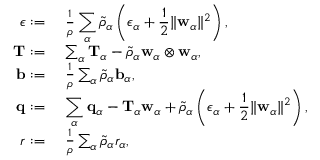
\begin{array} { r l } { \epsilon : = } & { ~ \frac { 1 } { \rho } \displaystyle \sum _ { \alpha } \tilde { \rho } _ { \alpha } \left( \epsilon _ { \alpha } + \frac { 1 } { 2 } \| \mathbf { w } _ { \alpha } \| ^ { 2 } \right) , } \\ { \mathbf { T } : = } & { ~ \sum _ { \alpha } \mathbf { T } _ { \alpha } - \tilde { \rho } _ { \alpha } \mathbf { w } _ { \alpha } \otimes \mathbf { w } _ { \alpha } , } \\ { \mathbf { b } : = } & { ~ \frac { 1 } { \rho } \sum _ { \alpha } \tilde { \rho } _ { \alpha } \mathbf { b } _ { \alpha } , } \\ { \mathbf { q } : = } & { ~ \displaystyle \sum _ { \alpha } \mathbf { q } _ { \alpha } - \mathbf { T } _ { \alpha } \mathbf { w } _ { \alpha } + \tilde { \rho } _ { \alpha } \left( \epsilon _ { \alpha } + \frac { 1 } { 2 } \| \mathbf { w } _ { \alpha } \| ^ { 2 } \right) , } \\ { r : = } & { ~ \frac { 1 } { \rho } \sum _ { \alpha } \tilde { \rho } _ { \alpha } r _ { \alpha } , } \end{array}